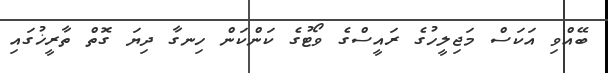
ބޭއްވި އަކަސް މަޖިލީހުގެ ރައީސްގެ ވޯޓުގެ ކަންކަން ހިނގާ ދިޔަ ގޮތް ތާރީޚުގައި